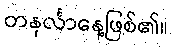
တနင်္လာနေ့ဖြစ်၏။